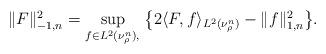
LaTeX: \begin{align*}\begin{aligned} \| F \|^2_{- 1, n } = \sup_{ f \in L^2 (\nu^n_\rho ), \, } \big\{ 2 \langle F , f \rangle_{ L^2 (\nu^n_\rho ) } - \| f \|^2_{1, n } \big\} .\end{aligned}\end{align*}